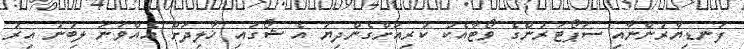
ފަނޑިޔާރުންނާއި ސަޕޯޓަރުންގެ ވޯޓާއެކު ކުރިއަށްގެންދިޔަ އެ ޝޯގައި ޚާލިދަށް އެއްވަނަ ލިބުނު އިރު